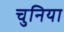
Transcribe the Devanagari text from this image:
चुनिया